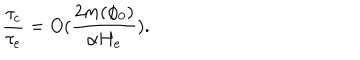
\frac { \tau _ { c } } { \tau _ { e } } = O ( \frac { 2 m ( \phi _ { 0 } ) } { \alpha H _ { e } } ) .